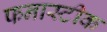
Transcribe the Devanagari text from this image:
फनास्टीक